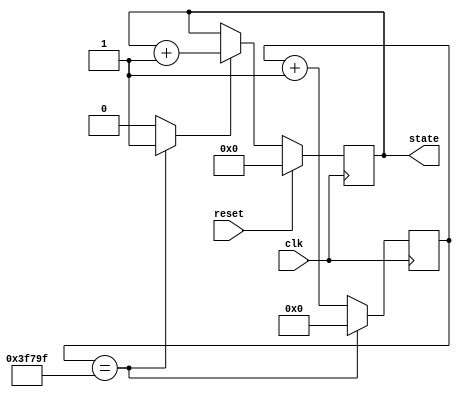
module counter20(
	input reset,
	input clk,
	output reg [9:0] state );
	
//transform clock in 100Hz
reg [24:0] count, count_c;
reg clk_n;
always @(*) begin
	count_c = count + 1;
	clk_n = 1'b0;
	if (count == 25'd0025_999_9) begin
		count_c = 25'd00_000_000;
		clk_n = 1'b1;
	end
end	
	
initial begin
	state = 10'b0000_0000_00;
end
	
always @(posedge clk) begin
	count <= #1 count_c;
	if (reset) begin
			state <= #1 10'b0000_0000_00;
	end
	//else if (state == 10'b1111100111) begin
		//state <= #1 10'b1111100111;
	//end
	else begin
		if (clk_n == 1'b1) begin
			state <= #1 state +1;
		end
	end	
end	
endmodule